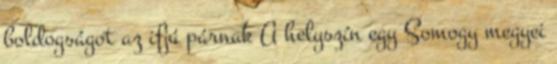
boldogságot az ifjú párnak A helyszín egy Somogy megyei